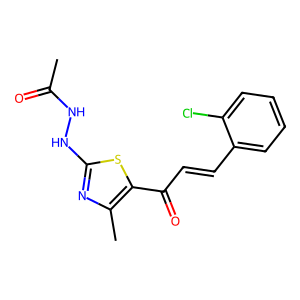
SMILES: CC(=O)NNc1nc(C)c(C(=O)C=Cc2ccccc2Cl)s1
Inhibits HIV replication: No